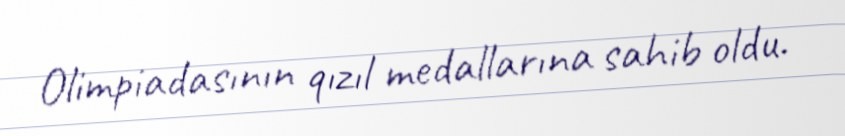
Olimpiadasının qızıl medallarına sahib oldu.